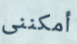
أمكننى